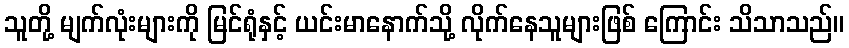
သူတို့ မျက်လုံးများကို မြင်ရုံနှင့် ယင်းမာနောက်သို့ လိုက်နေသူများဖြစ် ကြောင်း သိသာသည်။